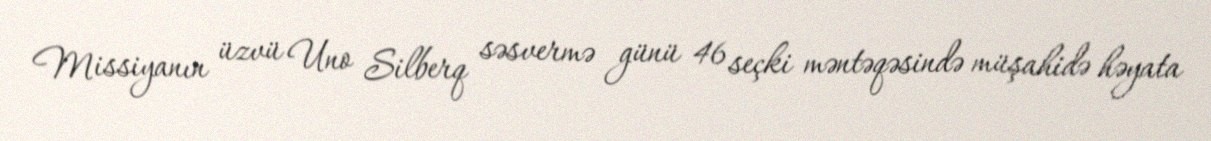
Missiyanın üzvü Uno Silberq səsvermə günü 46 seçki məntəqəsində müşahidə həyata